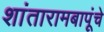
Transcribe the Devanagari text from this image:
शांतारामबापूंचे